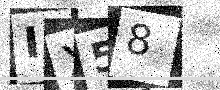
Text: IX58